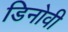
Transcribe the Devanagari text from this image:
डिनोवी